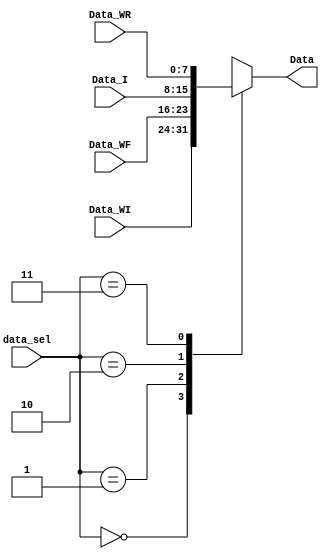
`timescale 1ns / 1ps
//////////////////////////////////////////////////////////////////////////////////
// Company: 
// 
// Design Name: 
// Module Name:    mux_Data 
// Project Name: 
// Target Devices: 
// Tool versions: 
// Description: 
//
// Dependencies: 
//
// Revision: 
// Revision 0.01 - File Created
// Additional Comments: 
//
//////////////////////////////////////////////////////////////////////////////////
module mux_Data(
	input [7:0] Data_WI,Data_WF,Data_I,Data_WR,
	input wire [1:0] data_sel,
	output reg [7:0] Data
    );
	 
always @*
	
	case (data_sel)
		2'b00: Data = Data_WI;
		2'b01: Data = Data_WF;
		2'b10: Data = Data_I;
		2'b11: Data = Data_WR;
		default: Data = Data_WR;
	endcase

endmodule